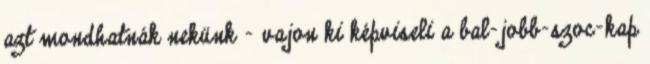
azt mondhatnák nekünk – vajon ki képviseli a bal-jobb-szoc-kap